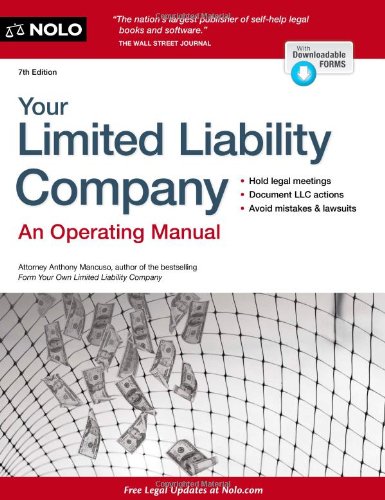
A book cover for Your Limited Liability Company; Anthony Mancuso; Law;